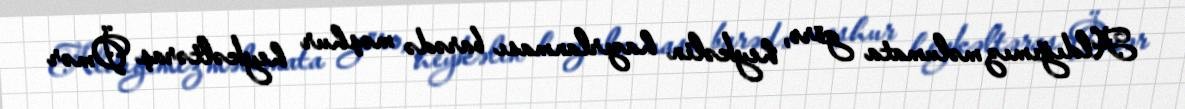
Aldığımız məlumata görə, heykəlin hazırlanması barədə məşhur heykəltəraş Ömər